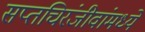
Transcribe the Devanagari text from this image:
सप्तचिरंजीवांमध्ये